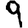
Digit: 9